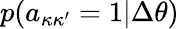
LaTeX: p(a_{\kappa\kappa^{\prime}}=1|\Delta\theta)